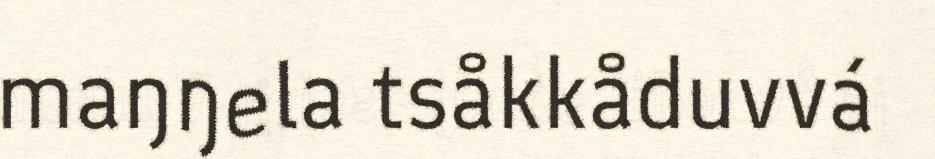
maŋŋela tsåkkåduvvá